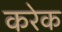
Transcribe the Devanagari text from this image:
करेक